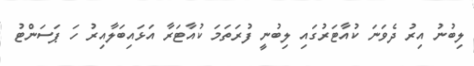
ލިބުނު އިރު ދެވަނަ ކުއާޓަރުގައި ލިބުނީ ފުރަތަމަ ކުއާޓަރާ އަޅައިބަލާއިރު ހަ ޕަސަންޓު